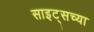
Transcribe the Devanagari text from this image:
साइट्‌सच्या